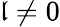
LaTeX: \mathfrak{l}\neq0